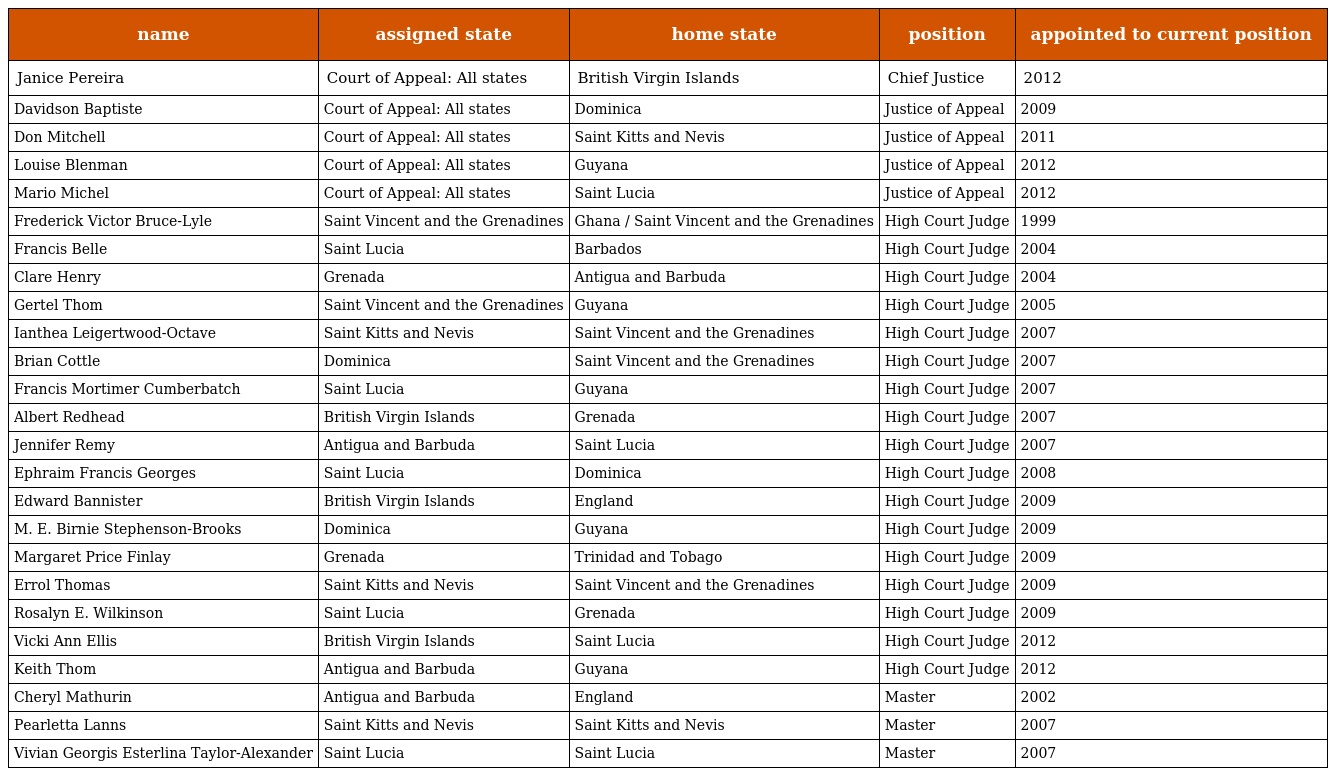
| name | assigned state | home state | position | appointed to current position |
 | --- | --- | --- | --- | --- |
 | Janice Pereira | Court of Appeal: All states | British Virgin Islands | Chief Justice | 2012 |
 | Davidson Baptiste | Court of Appeal: All states | Dominica | Justice of Appeal | 2009 |
 | Don Mitchell | Court of Appeal: All states | Saint Kitts and Nevis | Justice of Appeal | 2011 |
 | Louise Blenman | Court of Appeal: All states | Guyana | Justice of Appeal | 2012 |
 | Mario Michel | Court of Appeal: All states | Saint Lucia | Justice of Appeal | 2012 |
 | Frederick Victor Bruce-Lyle | Saint Vincent and the Grenadines | Ghana / Saint Vincent and the Grenadines | High Court Judge | 1999 |
 | Francis Belle | Saint Lucia | Barbados | High Court Judge | 2004 |
 | Clare Henry | Grenada | Antigua and Barbuda | High Court Judge | 2004 |
 | Gertel Thom | Saint Vincent and the Grenadines | Guyana | High Court Judge | 2005 |
 | Ianthea Leigertwood-Octave | Saint Kitts and Nevis | Saint Vincent and the Grenadines | High Court Judge | 2007 |
 | Brian Cottle | Dominica | Saint Vincent and the Grenadines | High Court Judge | 2007 |
 | Francis Mortimer Cumberbatch | Saint Lucia | Guyana | High Court Judge | 2007 |
 | Albert Redhead | British Virgin Islands | Grenada | High Court Judge | 2007 |
 | Jennifer Remy | Antigua and Barbuda | Saint Lucia | High Court Judge | 2007 |
 | Ephraim Francis Georges | Saint Lucia | Dominica | High Court Judge | 2008 |
 | Edward Bannister | British Virgin Islands | England | High Court Judge | 2009 |
 | M. E. Birnie Stephenson-Brooks | Dominica | Guyana | High Court Judge | 2009 |
 | Margaret Price Finlay | Grenada | Trinidad and Tobago | High Court Judge | 2009 |
 | Errol Thomas | Saint Kitts and Nevis | Saint Vincent and the Grenadines | High Court Judge | 2009 |
 | Rosalyn E. Wilkinson | Saint Lucia | Grenada | High Court Judge | 2009 |
 | Vicki Ann Ellis | British Virgin Islands | Saint Lucia | High Court Judge | 2012 |
 | Keith Thom | Antigua and Barbuda | Guyana | High Court Judge | 2012 |
 | Cheryl Mathurin | Antigua and Barbuda | England | Master | 2002 |
 | Pearletta Lanns | Saint Kitts and Nevis | Saint Kitts and Nevis | Master | 2007 |
 | Vivian Georgis Esterlina Taylor-Alexander | Saint Lucia | Saint Lucia | Master | 2007 |